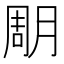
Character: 𣍼